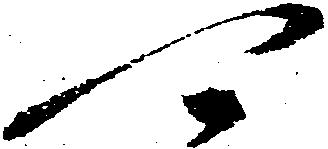
可